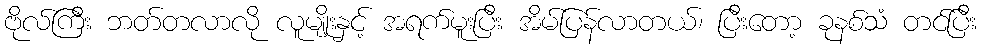
ဗိုလ်ကြီး ဘတ်တလာလို လူမျိုးနှင့် အရက်မူးပြီး အိမ်ပြန်လာတယ်၊ ပြီးတော့ ခုနစ်သံ တင်ပြီး